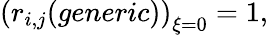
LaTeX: \left(r_{i,j}(generic)\right)_{\xi=0}=1,